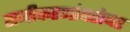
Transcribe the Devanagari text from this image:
समीकरणांबरोबर